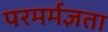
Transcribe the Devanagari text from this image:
परमर्मज्ञता